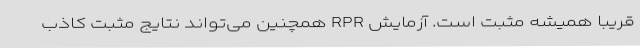
قریباً همیشه مثبت است. آزمایش RPR همچنین می‌تواند نتایج مثبت کاذب